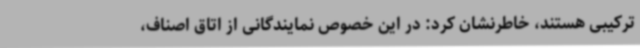
ترکیبی هستند، خاطرنشان کرد: در این خصوص نمایندگانی از اتاق اصناف،